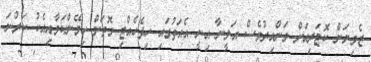
ޒެވިޔަން ކޮޓަރިއަށް ވަންއިރުވެސް އަލީނާ އިނީ އެއަތުގައި ހިފެހެއްޓި ގޮތަށް ހިމޭންކަމާއިއެކު ކަރުނަ